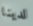
لدينا